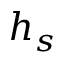
h _ { s }